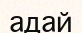
адай